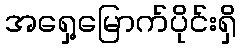
အရှေ့မြောက်ပိုင်းရှိ